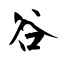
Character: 谷